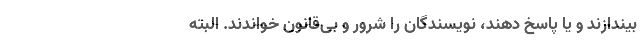
بیندازند و یا پاسخ دهند، نویسندگان را شرور و بی‌قانون خواندند. البته